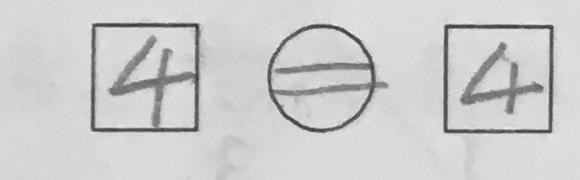
\boxed { 4 } \textcircled { = } \boxed { 4 }